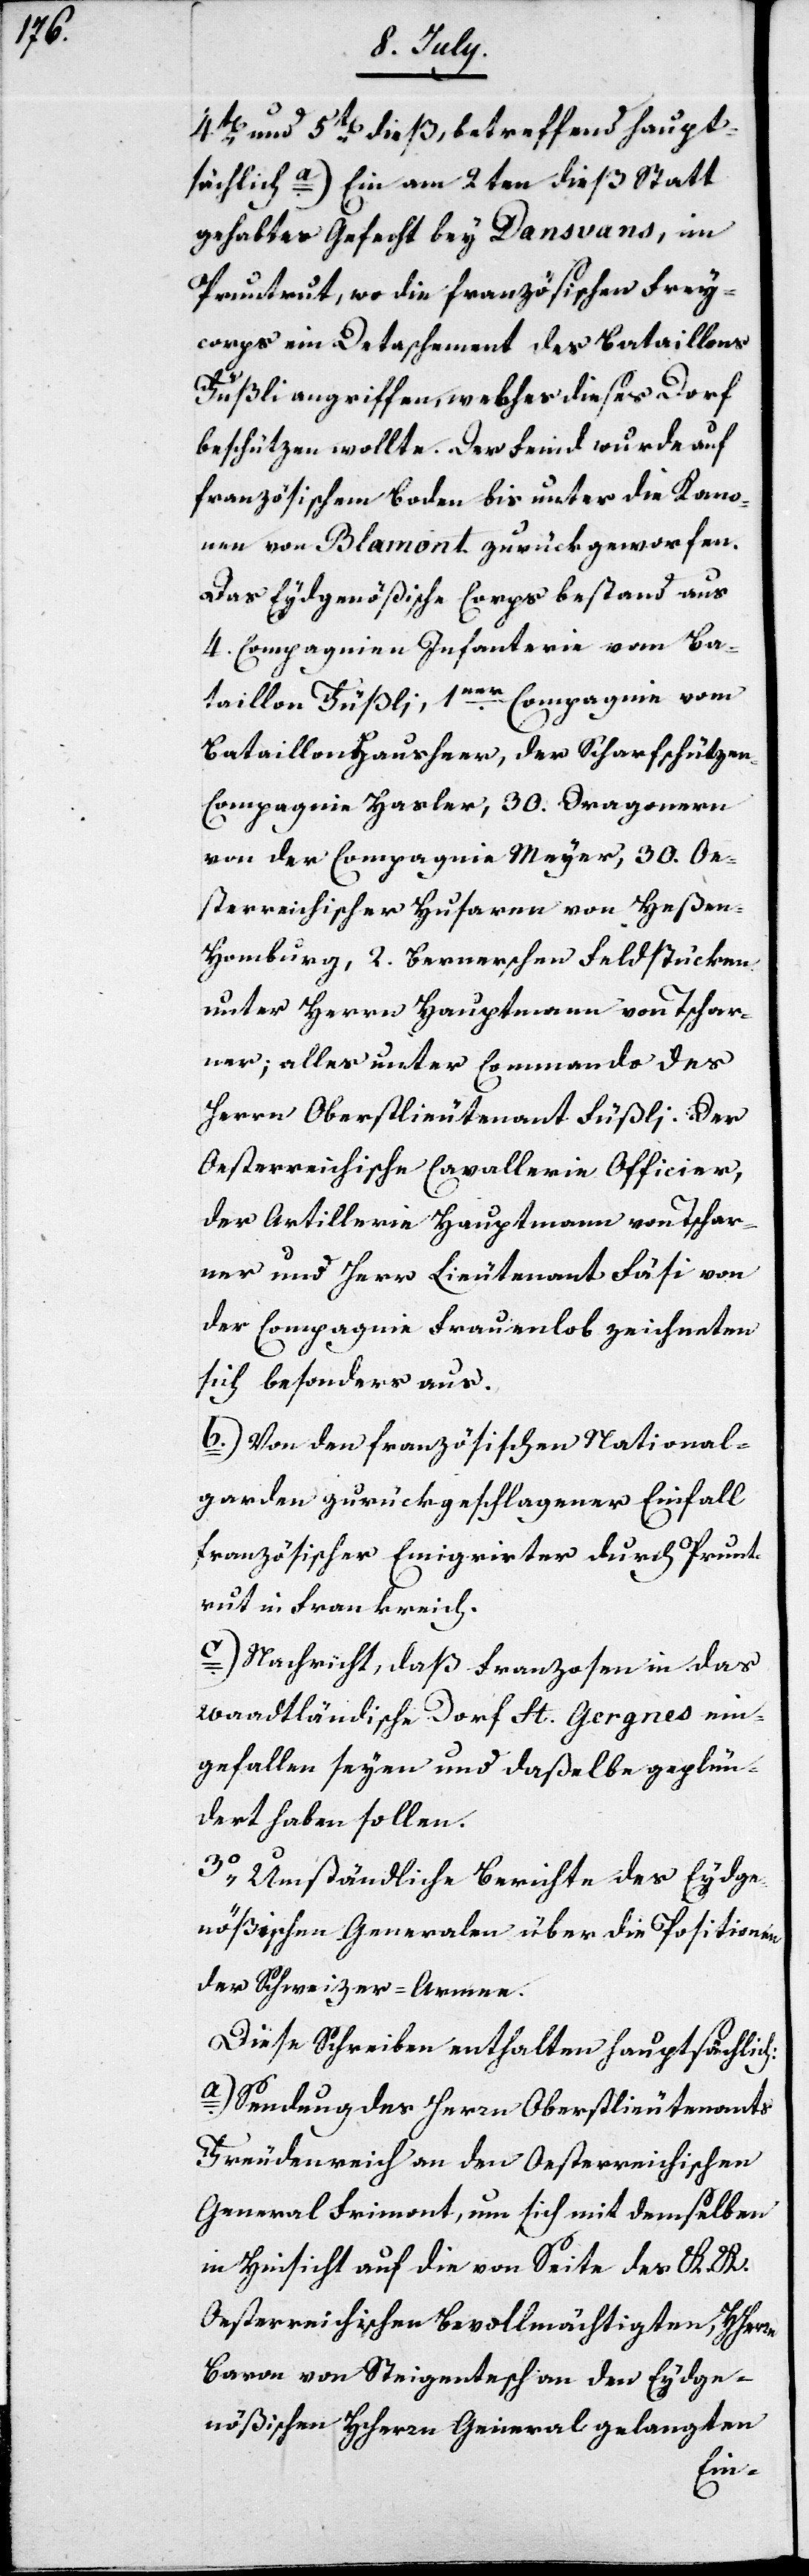
4ten und 5ten dieß, betreffend haupt¬
sächlich a.) Ein am 2ten dieß Statt
gehabtes Gefecht bey Dansvans, im
Pruntrut, wo die französischen Frey¬
corps ein Detaschement des Bataillons
Füßli angegriffen, welches dieses Dorf
beschützen wollte. Der Feind wurde auf
französischem Boden bis unter die Kano¬
nen von Blamont zurückgeworfen.
Das Eydsgenößische Corps bestand aus
4. Compagnien Infanterie vom Ba¬
taillon Füßli, 1ner Compagnie vom
Bataillon Hausheer, der Scharfschützen-C¬
ompagnie Hasler, 30. Dragonern
von der Compagnie Meyer, 30. Oe¬
sterreichischer Husaren von Heße¬
n-Homburg, 2. Bernerschen Feldstücken
unter Herrn Hauptmann von Tschar¬
ner; alles unter Commando des
Herrn Oberstlieutenant Füßli. Der
Oesterreichische Cavallerie Officier,
der Artillerie Hauptmann von Tschar¬
ner und Herr Lieutenant Fäsi von
der Compagnie Frauenlob zeichneten
sich besonders aus.
b.) Von den französischen National¬
garden zurückgeschlagener Einfall
französischer Emigrierter durch Prunt¬
rut in Frankreich.
Nachricht, daß Franzosen in das
waadtländische Dorf St. Gergnes ein¬
gefallen seyen und daßelbe geplün¬
dert haben sollen.
3. Umständliche Berichte des Eydge¬
nößischen Generalen über die Positionen
der Schweizer-Armee.
Diese Schreiben enthalten hauptsächlich:
Sendung des Herrn Oberstlieutenants
Freudenreich an den Oesterreichischen
General Frimont, um sich mit demselben
in Hinsicht auf die von Seite des K. K.
Oesterreichischen Bevollmächtigten, Herrn
Baron von Steigentesch an den Eydge¬
nößischen HHerrn General gelangten